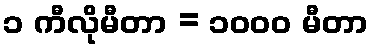
၁ ကီလိုမီတာ = ၁၀၀၀ မီတာ